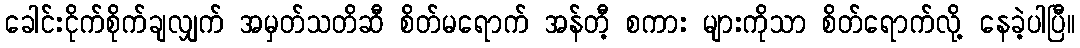
ခေါင်းငိုက်စိုက်ချလျှက် အမှတ်သတိဆီ စိတ်မရောက် အန်တီ့ စကား များကိုသာ စိတ်ရောက်လို့ နေခဲ့ပါပြီ။